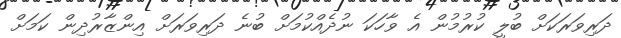
ދަރިވަރަކަށް ބުލީ ކުރުމުން އެ ވާހަކަ ނުދެއްކުމަށް ބުނެ ދަރިވަރަށް އިންޒާރުދިން ކަމަށް